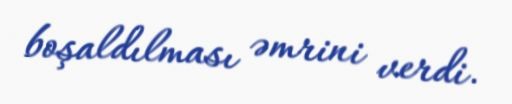
boşaldılması əmrini verdi.